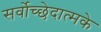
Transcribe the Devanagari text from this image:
सर्वोच्छेदात्मके